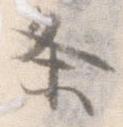
条